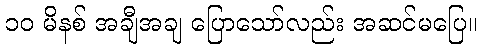
၁၀ မိနစ် အချီအချ ပြောသော်လည်း အဆင်မပြေ။